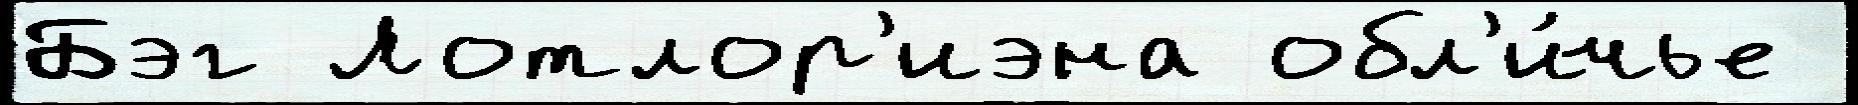
Бэг Лотлор'иэна обл'и́чье